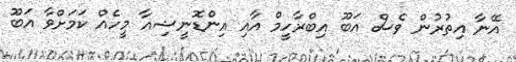
އޭނާ އިތުރުން ވެސް އަބޫ އިބްރާހީމް އާއި އިންޑޮނީޝިއާ މީހެއް ކަމަށްވާ އަބޫ